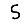
Digit: 5